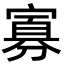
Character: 寡